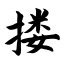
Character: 搂